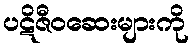
ပဋိဇီဝဆေးများကို